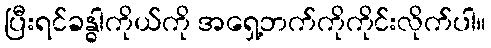
ပြီးရင်ခန္ဓါကိုယ်ကို အရှေ့ဘက်ကိုကိုင်းလိုက်ပါ။